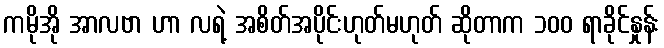
ကမိုအို အာလဗာ ဟာ လရဲ့ အစိတ်အပိုင်းဟုတ်မဟုတ် ဆိုတာက ၁၀၀ ရာခိုင်နှုန်း